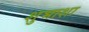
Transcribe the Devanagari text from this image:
शुभाशा